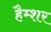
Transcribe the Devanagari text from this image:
हैम्शर